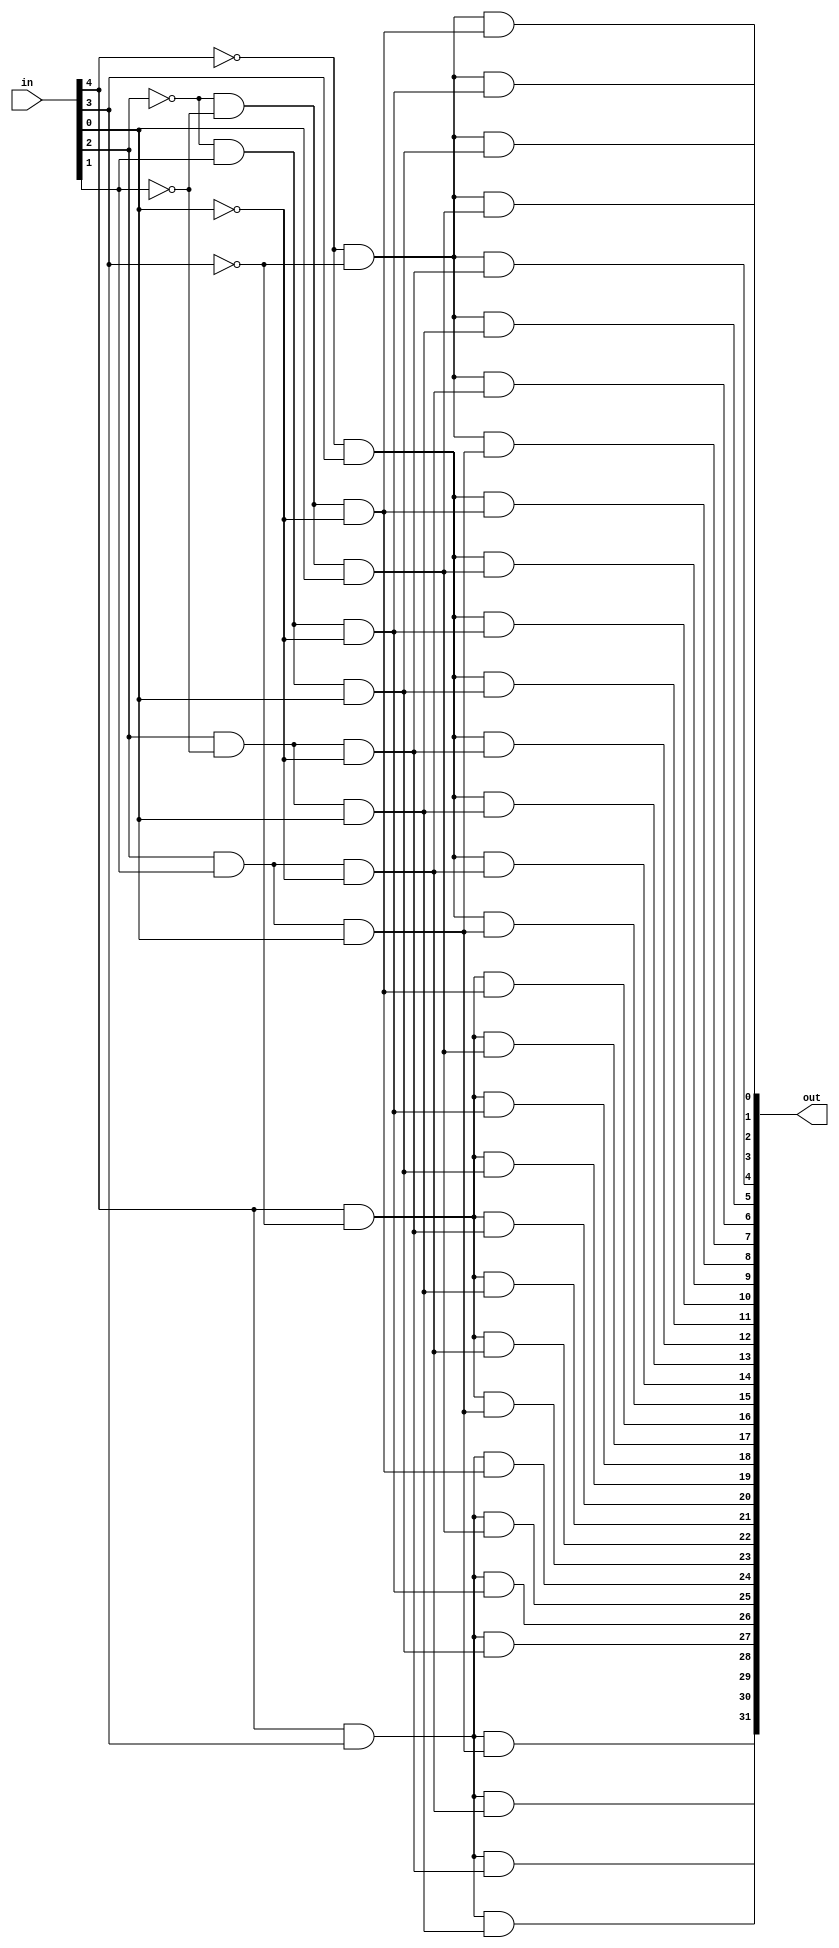
/*------------------------------------------------------------------------------
--------------------------------------------------------------------------------
Copyright (c) 2016, Loongson Technology Corporation Limited.

All rights reserved.

Redistribution and use in source and binary forms, with or without modification,
are permitted provided that the following conditions are met:

1. Redistributions of source code must retain the above copyright notice, this 
list of conditions and the following disclaimer.

2. Redistributions in binary form must reproduce the above copyright notice, 
this list of conditions and the following disclaimer in the documentation and/or
other materials provided with the distribution.

3. Neither the name of Loongson Technology Corporation Limited nor the names of 
its contributors may be used to endorse or promote products derived from this 
software without specific prior written permission.

THIS SOFTWARE IS PROVIDED BY THE COPYRIGHT HOLDERS AND CONTRIBUTORS "AS IS" AND 
ANY EXPRESS OR IMPLIED WARRANTIES, INCLUDING, BUT NOT LIMITED TO, THE IMPLIED 
WARRANTIES OF MERCHANTABILITY AND FITNESS FOR A PARTICULAR PURPOSE ARE 
DISCLAIMED. IN NO EVENT SHALL LOONGSON TECHNOLOGY CORPORATION LIMITED BE LIABLE
TO ANY PARTY FOR DIRECT, INDIRECT, INCIDENTAL, SPECIAL, EXEMPLARY, OR 
CONSEQUENTIAL DAMAGES (INCLUDING, BUT NOT LIMITED TO, PROCUREMENT OF SUBSTITUTE 
GOODS OR SERVICES; LOSS OF USE, DATA, OR PROFITS; OR BUSINESS INTERRUPTION) 
HOWEVER CAUSED AND ON ANY THEORY OF LIABILITY, WHETHER IN CONTRACT, STRICT 
LIABILITY, OR TORT (INCLUDING NEGLIGENCE OR OTHERWISE) ARISING IN ANY WAY OUT OF
THE USE OF THIS SOFTWARE, EVEN IF ADVISED OF THE POSSIBILITY OF SUCH DAMAGE.
--------------------------------------------------------------------------------
------------------------------------------------------------------------------*/

module ls132r_decoder_5_32(in,out);
    
input [4:0] in;
output [31:0] out; 

wire [4:0]in;
wire [31:0]out;

wire [3:0] high_d;
wire [7:0] low_d;

assign high_d[3]=( in[4])&( in[3]);
assign high_d[2]=( in[4])&(~in[3]);
assign high_d[1]=(~in[4])&( in[3]);
assign high_d[0]=(~in[4])&(~in[3]);

assign low_d[7]=( in[2])&( in[1])&( in[0]);
assign low_d[6]=( in[2])&( in[1])&(~in[0]);
assign low_d[5]=( in[2])&(~in[1])&( in[0]);
assign low_d[4]=( in[2])&(~in[1])&(~in[0]);
assign low_d[3]=(~in[2])&( in[1])&( in[0]);
assign low_d[2]=(~in[2])&( in[1])&(~in[0]);
assign low_d[1]=(~in[2])&(~in[1])&( in[0]);
assign low_d[0]=(~in[2])&(~in[1])&(~in[0]);

assign out[31]=high_d[3]&low_d[7];
assign out[30]=high_d[3]&low_d[6];
assign out[29]=high_d[3]&low_d[5];
assign out[28]=high_d[3]&low_d[4];
assign out[27]=high_d[3]&low_d[3];
assign out[26]=high_d[3]&low_d[2];
assign out[25]=high_d[3]&low_d[1];
assign out[24]=high_d[3]&low_d[0];    
assign out[23]=high_d[2]&low_d[7];
assign out[22]=high_d[2]&low_d[6];
assign out[21]=high_d[2]&low_d[5];
assign out[20]=high_d[2]&low_d[4];
assign out[19]=high_d[2]&low_d[3];
assign out[18]=high_d[2]&low_d[2];
assign out[17]=high_d[2]&low_d[1];
assign out[16]=high_d[2]&low_d[0];    
assign out[15]=high_d[1]&low_d[7];
assign out[14]=high_d[1]&low_d[6];
assign out[13]=high_d[1]&low_d[5];
assign out[12]=high_d[1]&low_d[4];
assign out[11]=high_d[1]&low_d[3];
assign out[10]=high_d[1]&low_d[2];
assign out[ 9]=high_d[1]&low_d[1];
assign out[ 8]=high_d[1]&low_d[0];    
assign out[ 7]=high_d[0]&low_d[7];
assign out[ 6]=high_d[0]&low_d[6];
assign out[ 5]=high_d[0]&low_d[5];
assign out[ 4]=high_d[0]&low_d[4];
assign out[ 3]=high_d[0]&low_d[3];
assign out[ 2]=high_d[0]&low_d[2];
assign out[ 1]=high_d[0]&low_d[1];
assign out[ 0]=high_d[0]&low_d[0];    

endmodule //ls132r_decoder_5_32





module ls132r_decoder_6_64(in,out);

input  [ 5:0] in;
output [63:0] out; 

wire [5:0]in;
wire [63:0] out;
wire [7:0] high_d;
wire [7:0] low_d;

assign high_d[7]=( in[5])&( in[4])&( in[3]);
assign high_d[6]=( in[5])&( in[4])&(~in[3]);
assign high_d[5]=( in[5])&(~in[4])&( in[3]);
assign high_d[4]=( in[5])&(~in[4])&(~in[3]);
assign high_d[3]=(~in[5])&( in[4])&( in[3]);
assign high_d[2]=(~in[5])&( in[4])&(~in[3]);
assign high_d[1]=(~in[5])&(~in[4])&( in[3]);
assign high_d[0]=(~in[5])&(~in[4])&(~in[3]);

assign low_d[7]=( in[2])&( in[1])&( in[0]);
assign low_d[6]=( in[2])&( in[1])&(~in[0]);
assign low_d[5]=( in[2])&(~in[1])&( in[0]);
assign low_d[4]=( in[2])&(~in[1])&(~in[0]);
assign low_d[3]=(~in[2])&( in[1])&( in[0]);
assign low_d[2]=(~in[2])&( in[1])&(~in[0]);
assign low_d[1]=(~in[2])&(~in[1])&( in[0]);
assign low_d[0]=(~in[2])&(~in[1])&(~in[0]);

assign out[63]=high_d[7]&low_d[7];
assign out[62]=high_d[7]&low_d[6];
assign out[61]=high_d[7]&low_d[5];
assign out[60]=high_d[7]&low_d[4];
assign out[59]=high_d[7]&low_d[3];
assign out[58]=high_d[7]&low_d[2];
assign out[57]=high_d[7]&low_d[1];
assign out[56]=high_d[7]&low_d[0];    
assign out[55]=high_d[6]&low_d[7];
assign out[54]=high_d[6]&low_d[6];
assign out[53]=high_d[6]&low_d[5];
assign out[52]=high_d[6]&low_d[4];
assign out[51]=high_d[6]&low_d[3];
assign out[50]=high_d[6]&low_d[2];
assign out[49]=high_d[6]&low_d[1];
assign out[48]=high_d[6]&low_d[0];    
assign out[47]=high_d[5]&low_d[7];
assign out[46]=high_d[5]&low_d[6];
assign out[45]=high_d[5]&low_d[5];
assign out[44]=high_d[5]&low_d[4];
assign out[43]=high_d[5]&low_d[3];
assign out[42]=high_d[5]&low_d[2];
assign out[41]=high_d[5]&low_d[1];
assign out[40]=high_d[5]&low_d[0];    
assign out[39]=high_d[4]&low_d[7];
assign out[38]=high_d[4]&low_d[6];
assign out[37]=high_d[4]&low_d[5];
assign out[36]=high_d[4]&low_d[4];
assign out[35]=high_d[4]&low_d[3];
assign out[34]=high_d[4]&low_d[2];
assign out[33]=high_d[4]&low_d[1];
assign out[32]=high_d[4]&low_d[0];    
assign out[31]=high_d[3]&low_d[7];
assign out[30]=high_d[3]&low_d[6];
assign out[29]=high_d[3]&low_d[5];
assign out[28]=high_d[3]&low_d[4];
assign out[27]=high_d[3]&low_d[3];
assign out[26]=high_d[3]&low_d[2];
assign out[25]=high_d[3]&low_d[1];
assign out[24]=high_d[3]&low_d[0];    
assign out[23]=high_d[2]&low_d[7];
assign out[22]=high_d[2]&low_d[6];
assign out[21]=high_d[2]&low_d[5];
assign out[20]=high_d[2]&low_d[4];
assign out[19]=high_d[2]&low_d[3];
assign out[18]=high_d[2]&low_d[2];
assign out[17]=high_d[2]&low_d[1];
assign out[16]=high_d[2]&low_d[0];    
assign out[15]=high_d[1]&low_d[7];
assign out[14]=high_d[1]&low_d[6];
assign out[13]=high_d[1]&low_d[5];
assign out[12]=high_d[1]&low_d[4];
assign out[11]=high_d[1]&low_d[3];
assign out[10]=high_d[1]&low_d[2];
assign out[ 9]=high_d[1]&low_d[1];
assign out[ 8]=high_d[1]&low_d[0];    
assign out[ 7]=high_d[0]&low_d[7];
assign out[ 6]=high_d[0]&low_d[6];
assign out[ 5]=high_d[0]&low_d[5];
assign out[ 4]=high_d[0]&low_d[4];
assign out[ 3]=high_d[0]&low_d[3];
assign out[ 2]=high_d[0]&low_d[2];
assign out[ 1]=high_d[0]&low_d[1];
assign out[ 0]=high_d[0]&low_d[0];    

endmodule //ls132r_decoder_6_64

module ls132r_first_one_32_5(in,out,nonzero);
input  [31:0] in;
output [4:0] out;
output nonzero;

wire [2:0] a3,a2,a1,a0;
wire [3:0] nz;
wire zero;

ls132r_first_one_8_3 first_one3(.in(in[31:24]),.out(a3),.nonzero(nz[3]));
ls132r_first_one_8_3 first_one2(.in(in[23:16]),.out(a2),.nonzero(nz[2]));
ls132r_first_one_8_3 first_one1(.in(in[15: 8]),.out(a1),.nonzero(nz[1]));
ls132r_first_one_8_3 first_one0(.in(in[ 7: 0]),.out(a0),.nonzero(nz[0]));

ls132r_first_one_4_2 first_one4(.in(nz),.out(out[4:3]),.nonzero(nonzero));

assign out[2:0]= a0 |
                (a1 & {3{~nz[0]}})    |
                (a2 & {3{~|nz[1:0]}}) |
                (a3 & {3{~|nz[2:0]}});

endmodule

module ls132r_first_one_8_3(in,out,nonzero);
input  [7:0] in;
output [2:0] out;
output nonzero;
 
assign out[2]=(~(|in[3:0]))&(|in[7:4]);
assign out[1]=((~in[0]) & (~in[1]) & (~in[4]) & (~in[5]) & (in[6] | in[7])) |
              ((~in[0]) & (~in[1]) & (in[2] | in[3]));
assign out[0]=((~in[0]) & (~in[2]) & (~in[4]) & (~in[6]) & in[7])|
              ((~in[0]) & (~in[2]) & (~in[4]) & in[5])|
              ((~in[0]) & (~in[2]) & in[3])|
              ((~in[0]) & in[1]);
assign nonzero=|in[7:0];
endmodule

module ls132r_first_one_4_2(in,out,nonzero);
input  [3:0] in;
output [1:0] out;
output nonzero;
 
assign out[1] = (~in[0])&(~in[1]) & (in[2] | in[3]);
assign out[0] = ((~in[0])&( in[1])) | ((~in[0])&(~in[2])&( in[3]));
assign nonzero   = |in[3:0];
endmodule

module ls132r_ejtag_rstgen(tck, trst_in, trst_out, testmode);
input       tck; 
input       trst_in;
input       testmode;
output      trst_out;

reg         rff, rff1; 

always @ (posedge tck or negedge trst_in)
  begin
    if(!trst_in) {rff1, rff} <= 2'b0;
    else         {rff1, rff} <= {rff, 1'b1}; 
  end

assign trst_out = testmode ? trst_in : rff1; 

endmodule